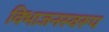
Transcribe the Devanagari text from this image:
विभाजनस्वरूप